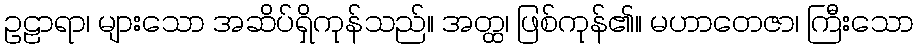
ဥဠာရာ၊ များသော အဆိပ်ရှိကုန်သည်။ အတ္ထ၊ ဖြစ်ကုန်၏။ မဟာတေဇာ၊ ကြီးသော